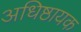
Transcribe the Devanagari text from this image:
अधिष्ठायक